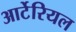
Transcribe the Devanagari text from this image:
आर्टेरियल